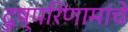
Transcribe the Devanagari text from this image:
दुष्परिणामांचे